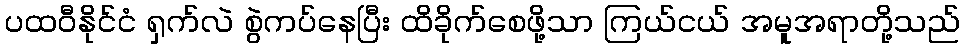
ပထဝီနိုင်ငံ ရှက်လဲ စွဲကပ်နေပြီး ထိခိုက်စေဖို့သာ ကြယ်ငယ် အမူအရာတို့သည်